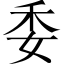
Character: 委